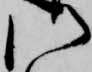
御